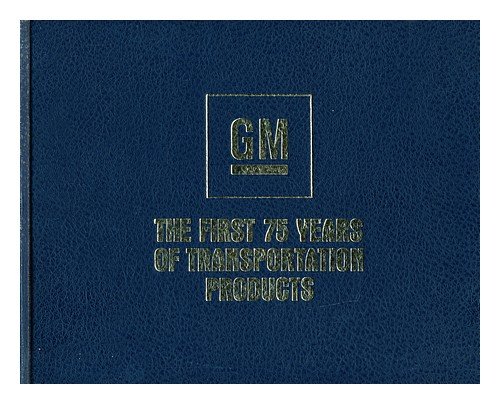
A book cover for General Motors, the first 75 years of transportation products; Engineering & Transportation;